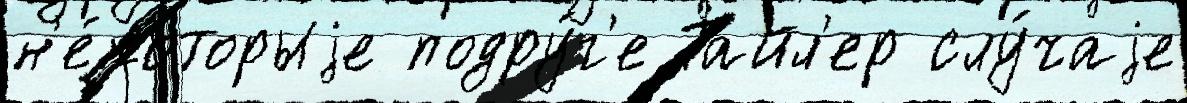
н'е́которыjе подру́г'е Тайл'ер слу́чаjе